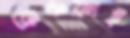
ফ্রেঞ্চফ্রাই